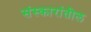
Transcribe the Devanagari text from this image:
संस्कारांतील